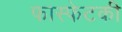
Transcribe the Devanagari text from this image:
फास्फेटकी